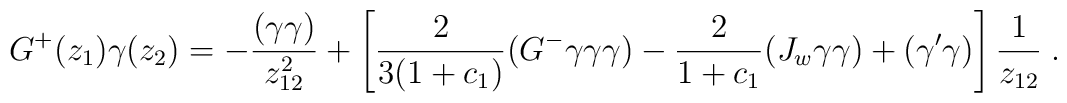
G^{+}(z_1)\gamma(z_2)=-\frac{(\gamma\gamma )}{z_{12}^2}+  \left[ \frac{2}{3(1+c_1)}(G^{-}\gamma\gamma\gamma )-    \frac{2}{1+c_1}(J_w\gamma\gamma )+       (\gamma'\gamma )\right] \frac{1}{z_{12}} \; .